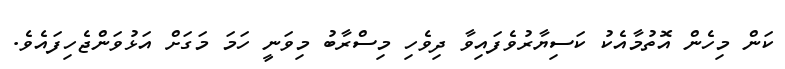
ކަން މިހެން އޮތުމާއެކު ކަސިޔާރުވެފައިވާ ދިވެހި މިސްރާބު މިވަނީ ހަމަ މަގަށް އަޅުވަންޖެހިފައެވެ.